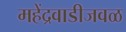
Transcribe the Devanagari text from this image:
महेंद्रवाडीजवळ